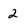
Character: 2